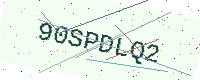
Text: 90SPDLQ2